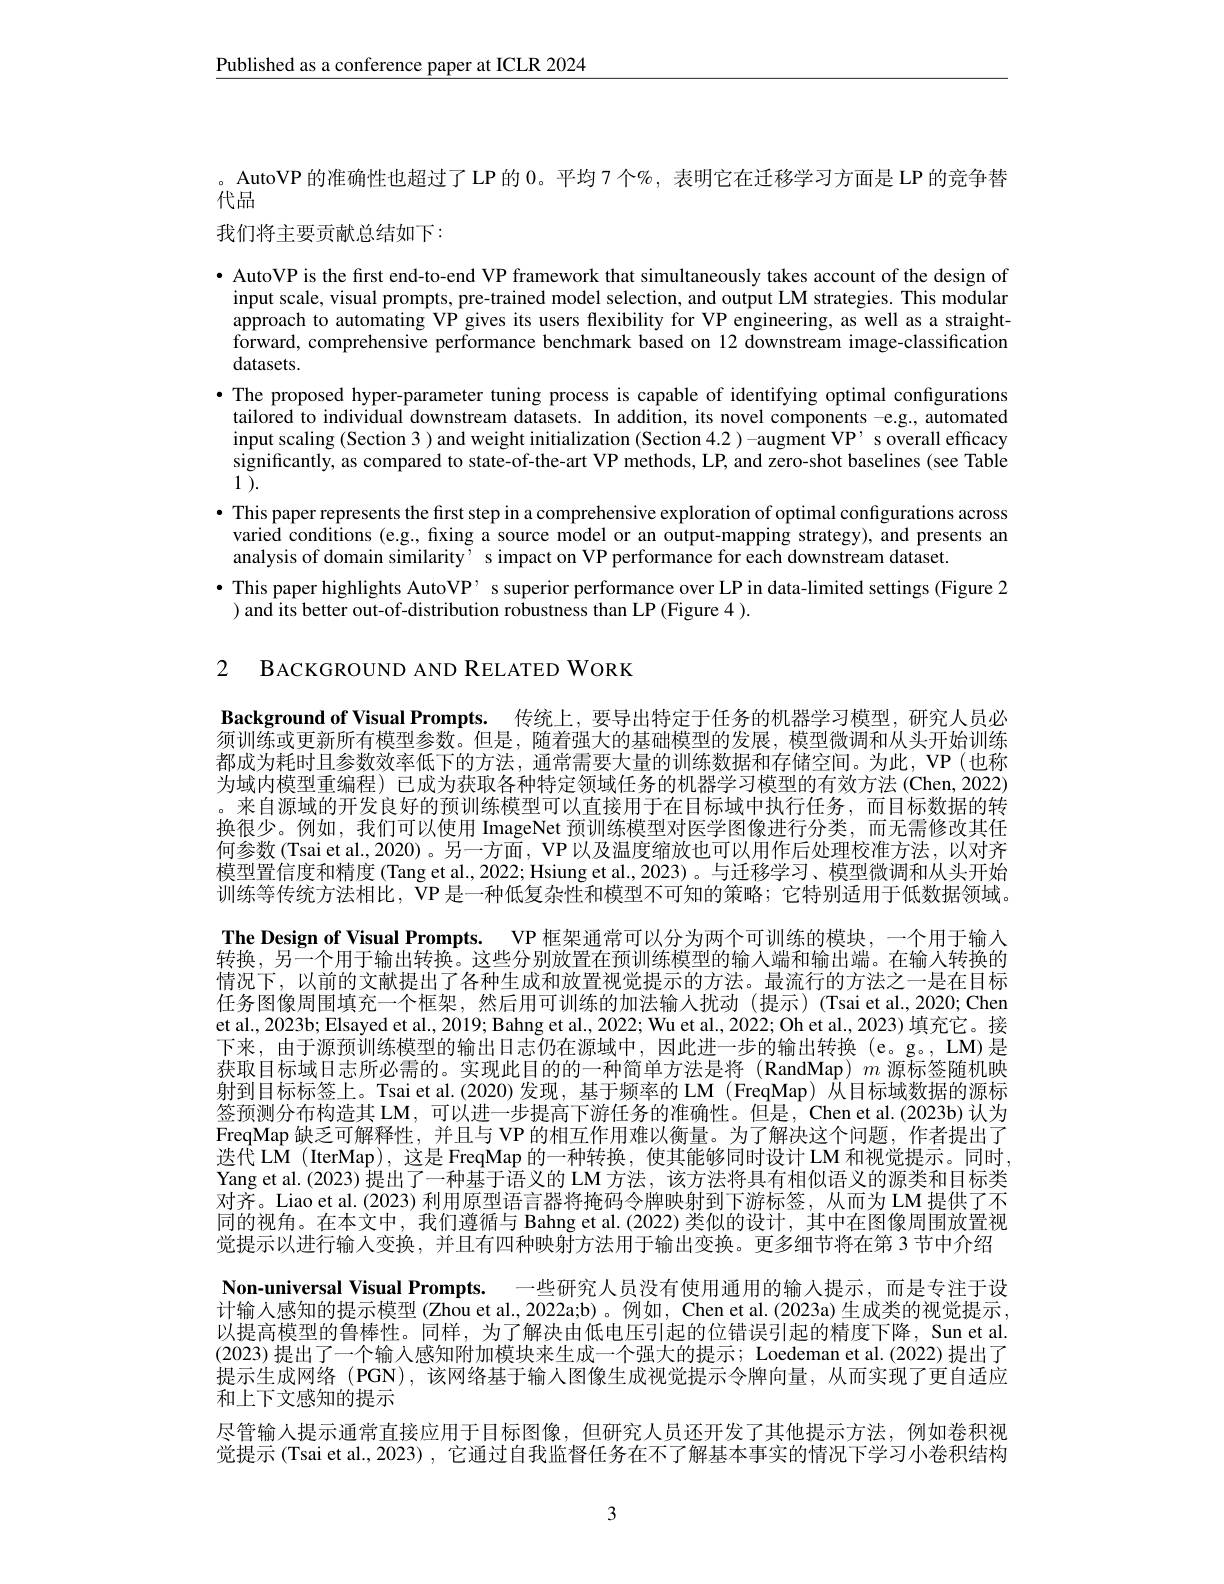
$\underline{\text{Published as a conference paper at ICLR 2024}}$

。AutoVP 的准确性也超过了 LP 的 0。平均 7 个%, 表明它在迁移学习方面是 LP 的竞争替
代品
我们将主要贡献总结如下：

· AutoVP is the first end-to-end VP framework that simultaneously takes account of the design of input scale, visual prompts, pre-trained model selection, and output LM strategies. This modular approach to automating VP gives its users flexibility for VP engineering, as well as a straightforward, comprehensive performance benchmark based on 12 downstream image-classification datasets.
·The proposed hyper-parameter tuning process is capable of identifying optimal configurations tailored to individual downstream datasets. In addition, its novel components -e.g., automated input scaling (Section 3 ) and weight initialization (Section 4.2 ) -augment VP' s overall efficacy significantly, as compared to state-of-the-art VP methods, LP, and zero-shot baselines (see Table 1 $\tilde {}$
· This paper represents the first step in a comprehensive exploration of optimal configurations across
varied conditions (e.g., fixing a source model or an output-mapping strategy), and presents an
analysis of domain similarity’ s impact on VP performance for each downstream dataset.
$\bullet$ This paper highlights AutoVP’ s superior performance over LP in data-limited settings (Figure 2
) and its better out-of-distribution robustness than LP (Figure 4 ).

2 BACKGROUND AND RELATED WORK

Background of Visual Prompts. 传统上，要导出特定于任务的机器学习模型，研究人员必须训练或更新所有模型参数。但是，随着强大的基础模型的发展，模型微调和从头开始训练都成为耗时且参数效率低下的方法，通常需要大量的训练数据和存储空间。为此，VP(也称为域内模型重编程) 已成为获取各种特定领域任务的机器学习模型的有效方法(Chen,2022) 。来自源域的开发良好的预训练模型可以直接用于在目标域中执行任务，而目标数据的转换很少。例如，我们可以使用 ImageNet 预训练模型对医学图像进行分类，而无需修改其任何参数(Tsai et al., 2020)。另一方面，VP 以及温度缩放也可以用作后处理校准方法，以对齐模型置信度和精度 (Tang et al., 2022; Hsiung et al., 2023)。与迁移学习、模型微调和从头开始训练等传统方法相比，VP 是一种低复杂性和模型不可知的策略；它特别适用于低数据领域。The Design of Visual Prompts. VP 框架通常可以分为两个可训练的模块，一个用于输入转换，另一个用于输出转换。这些分别放置在预训练模型的输人端和输出端。在输入转换的情况下，以前的文献提出了各种生成和放置视觉提示的方法。最流行的方法之一是在目标任务图像周围填充一个框架，然后用可训练的加法输入扰动(提示)(Tsai et al.,2020; Chen et al., 2023b; Elsayed et al., 2019; Bahng et al., 2022; Wu et al., 2022; Oh et al., 2023) 填充它。接下来，由于源预训练模型的输出日志仍在源域中，因此进一步的输出转换(e。g。,LM)是获取目标域日志所必需的。实现此目的的一种简单方法是将 (RandMap) $m$源标签随机映射到目标标签上。Tsai et al.(2020)发现，基于频率的 LM (FreqMap) 从目标域数据的源标签预测分布构造其 LM,可以进一步提高下游任务的准确性。但是，Chen et al.(2023b) 认为FreqMap 缺乏可解释性，并且与 VP 的相互作用难以衡量。为了解决这个问题，作者提出了迭代 L$\hat{\mathcal{M}}$ (IterMap), 这是 FreqMap 的一种转换，使其能够同时设计 LM 和视觉提示。同时Yang et al. (2023) 提出了一种基于语义的 LM 方法，该方法将具有相似语义的源类和目标类对齐。Liao et al.(2023) 利用原型语言器将掩码令牌映射到下游标签，从而为 LM 提供了不同的视角。在本文中，我们遵循与 Bahng et al.(2022)类似的设计，其中在图像周围放置视觉提示以进行输入变换，并且有四种映射方法用于输出变换。更多细节将在第 3 节中介绍Non-universal Visual Prompts. 一些研究人员没有使用通用的输入提示，而是专注于设计输入感知的提示模型(Zhou et al., 2022a;b)。例如，Chen et al.(2023a) 生成类的视觉提示， 以提高模型的鲁棒性。同样，为了解决由低电压引起的位错误引起的精度下降，Sun et al. (2023) 提出了一个输入感知附加模块来生成一个强大的提示；Loedeman et al.(2022) 提出了提示生成网络 (PGN),该网络基于输人图像生成视觉提示令牌向量，从而实现了更自适应和上下文感知的提示
尽管输入提示通常直接应用于目标图像，但研究人员还开发了其他提示方法，例如卷积视觉提示 (Tsai et al., 2023) , 它通过自我监督任务在不了解基本事实的情况下学习小卷积结构

3